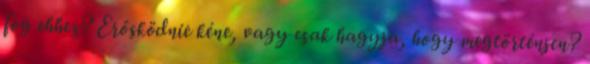
fog ehhez? Erősködnie kéne, vagy csak hagyja, hogy megtörténjen?